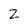
Character: 2